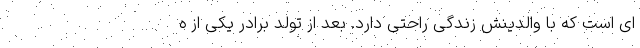
ای است که با والدینش زندگی راحتی دارد. بعد از تولد برادر یکی از ه